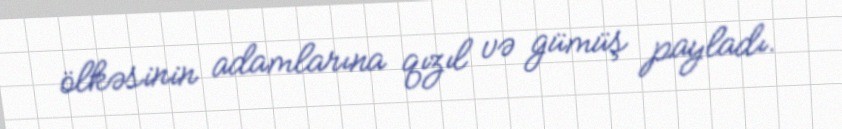
ölkəsinin adamlarına qızıl və gümüş payladı.